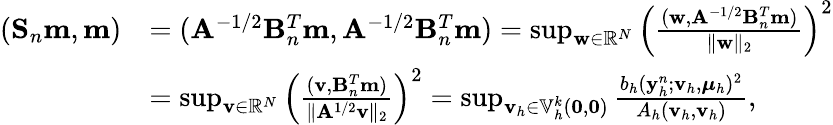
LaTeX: \begin{array}{rl}{(\mathbf{S}_{n}\mathbf{m},\mathbf{m})}&{=(\mathbf{A}^{-1/2}\mathbf{B}_{n}^{T}\mathbf{m},\mathbf{A}^{-1/2}\mathbf{B}_{n}^{T}\mathbf{m})=\operatorname*{sup}_{\mathbf{w}\in\mathbb{R}^{N}}\left(\frac{(\mathbf{w},\mathbf{A}^{-1/2}\mathbf{B}_{n}^{T}\mathbf{m})}{\| \mathbf{w}\| _{2}}\right)^{2}}\\ &{=\operatorname*{sup}_{\mathbf{v}\in\mathbb{R}^{N}}\left(\frac{(\mathbf{v},\mathbf{B}_{n}^{T}\mathbf{m})}{\| \mathbf{A}^{1/2}\mathbf{v}\| _{2}}\right)^{2}=\operatorname*{sup}_{\mathbf{v}_{h}\in\mathbb{V}_{h}^{k}(\mathbf{0},\mathbf{0})}\frac{b_{h}(\mathbf{y}_{h}^{n};\mathbf{v}_{h},\boldsymbol{\mu}_{h})^{2}}{A_{h}(\mathbf{v}_{h},\mathbf{v}_{h})},}\end{array}